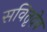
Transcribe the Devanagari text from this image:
सवितृदेव